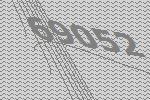
69052